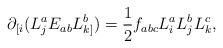
LaTeX: \begin{align*}\partial_{[i}(L_{j}^{a}E_{ab}L_{k]}^{b})=\frac{1}{2}f_{abc}L_{i}^{a}L_{j}^{b}L_{k}^{c},\end{align*}